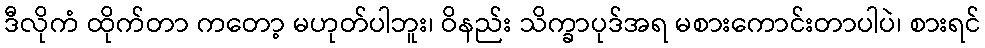
ဒီလိုကံ ထိုက်တာ ကတော့ မဟုတ်ပါဘူး၊ ဝိနည်း သိက္ခာပုဒ်အရ မစားကောင်းတာပါပဲ၊ စားရင်